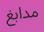
مدابغ